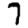
Digit: 7